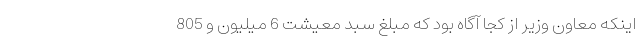
اینکه معاون وزیر از کجا آگاه بود که مبلغ سبد معیشت 6 میلیون و 805